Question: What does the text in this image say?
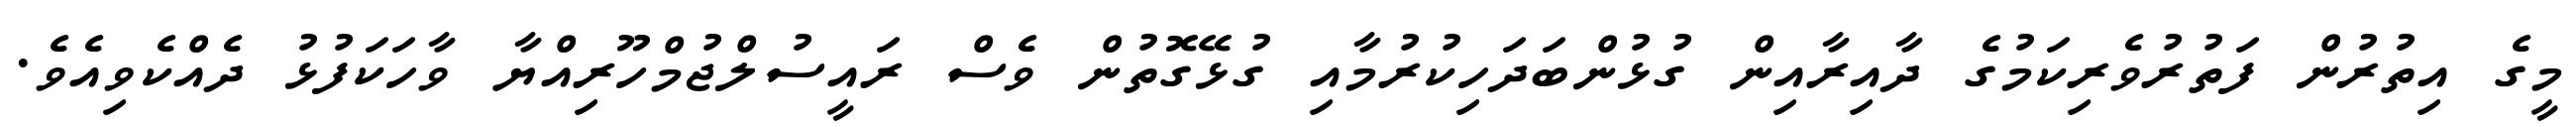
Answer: މީގެ އިތުރުން ފަތުރުވެރިކަމުގެ ދާއިރާއިން ގުޅުންބަދަހިކުރުމާއި ގުޅޭގޮތުން ވެސް ރައީސުލްޖުމްހޫރިއްޔާ ވާހަކަފުޅު ދެއްކެވިއެވެ.